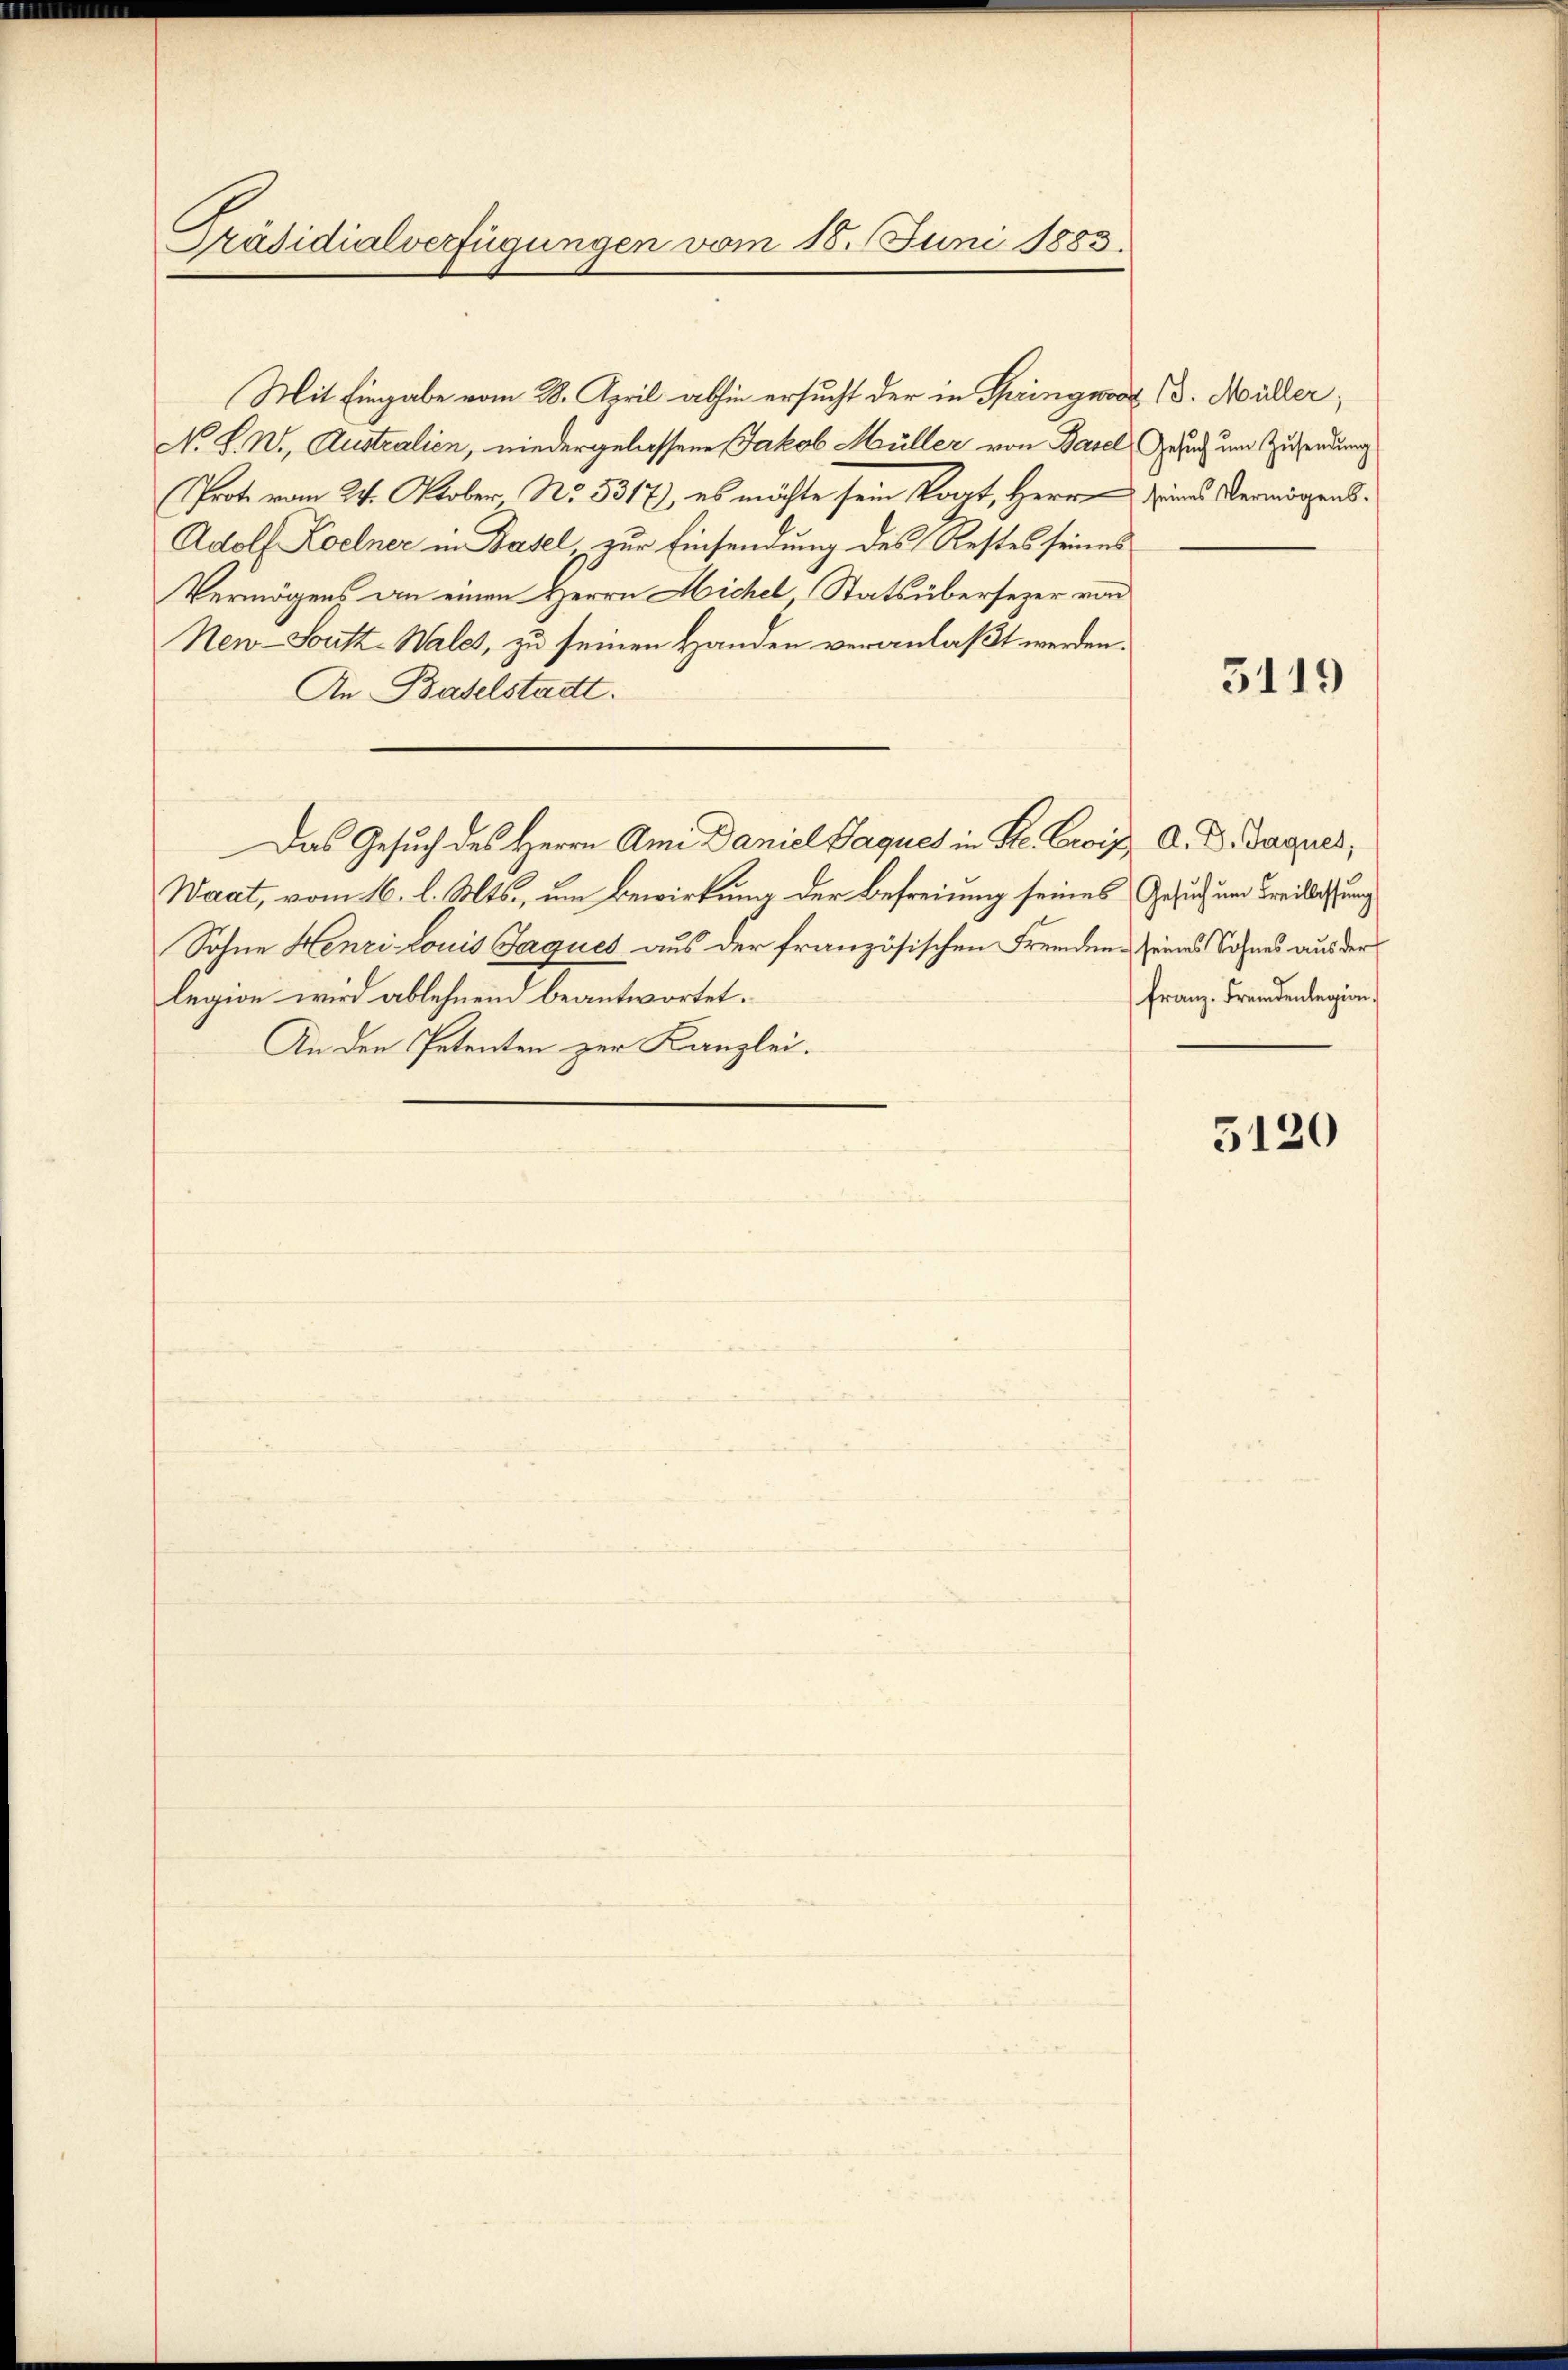
Präsidialverfügungen vom 18. Juni 1883.

Mit Eingabe vom 28. April abhin ersucht der in Springung (d. Müller,
N. S. N., Australien, niedergelassene Jakob Müller von Basel, Gesuch um Zusendung
Prote vom 24. Oktober No. 5317, es möchte sein Kart, Herrn Eines Vermögens¬
Adolf Koelner in Basel zur Einsendung des Restes seines
Vermögens an einen Herrn Michel, Stats übersezer vor
Neu-Soutt-Wales, zu seinen Handen veranlaßt werden.
An Baselstadtt.
Das Gesuch des Herrn Ame Daniel Paques in Se. Erois A. D. Jaques,
Waat, vom 16. l. Mts., um Bewirkung der Befreiung seines Gesuch um Freilassung
Sohne Henzi Louis Jaques aus der französischen Fremden Zeines Sohnes aus der
legion wird ablehnend beantwortet.
An den Petenten zur Kanzlei.

5119

Franz. Fremdenlegion.

5120